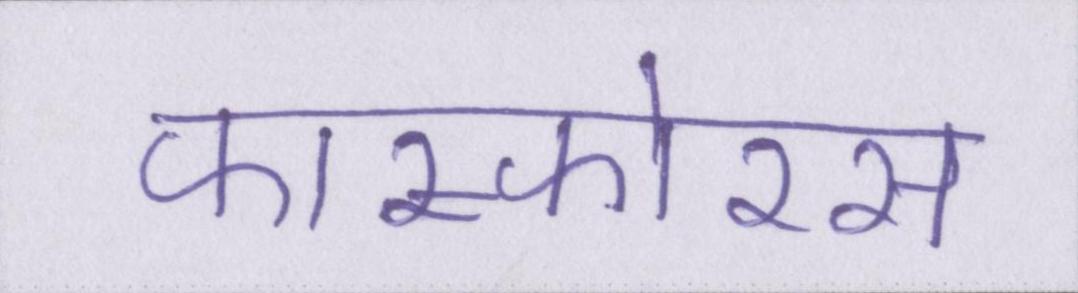
फास्फोरस